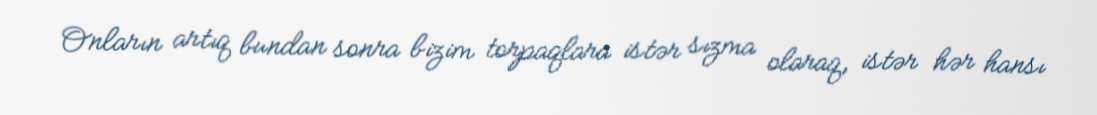
Onların artıq bundan sonra bizim torpaqlara istər sızma olaraq, istər hər hansı